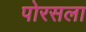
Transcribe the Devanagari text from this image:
पोरसला